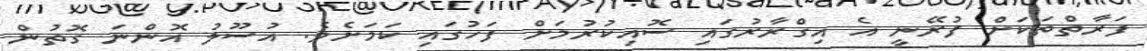
ފަރާތްތަކަށް ފުރޭނީ އެ އިގްރާރުގައި ސޮއިކުރުމަށް ފަހުގައި ކަމަށެވެ. އުސޫލު އޮންނަ ގޮތުން